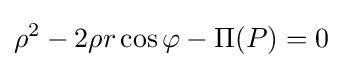
\rho ^{2}-2\rho r\cos \varphi -\Pi (P)=0